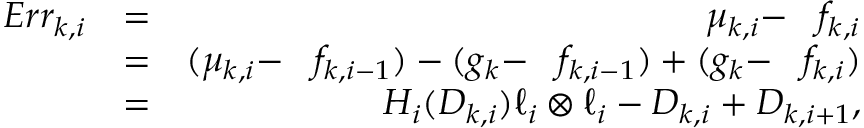
\begin{array} { r l r } { E r r _ { k , i } } & { = } & { \mu _ { k , i } - \pullback { f _ { k , i } } } \\ & { = } & { ( \mu _ { k , i } - \pullback { f _ { k , i - 1 } } ) - ( g _ { k } - \pullback { f _ { k , i - 1 } } ) + ( g _ { k } - \pullback { f _ { k , i } } ) } \\ & { = } & { H _ { i } ( D _ { k , i } ) \ell _ { i } \otimes \ell _ { i } - D _ { k , i } + D _ { k , i + 1 } , } \end{array}